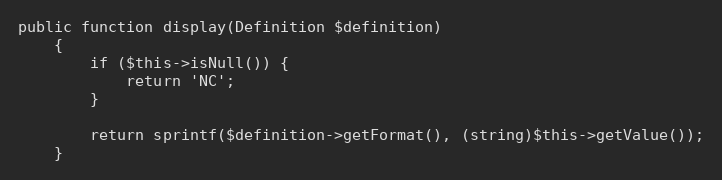
Language: PHP
public function display(Definition $definition)
    {
        if ($this->isNull()) {
            return 'NC';
        }

        return sprintf($definition->getFormat(), (string)$this->getValue());
    }